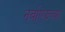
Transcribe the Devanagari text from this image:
नर्वाएझच्या